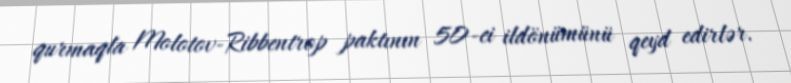
qurmaqla Molotov-Ribbentrop paktının 50-ci ildönümünü qeyd edirlər.